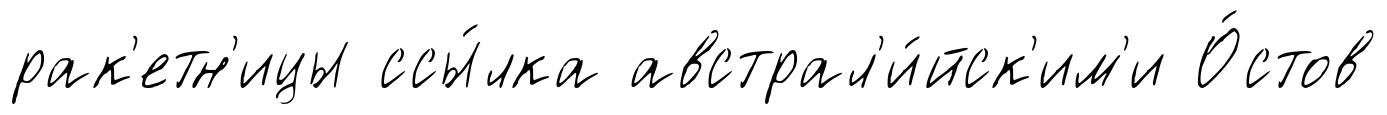
рак'етн'ицы ссы́лка австрал'и́йск'им'и О́стов